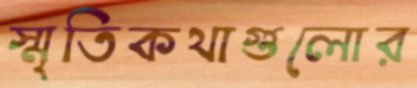
স্মৃতিকথাগুলোর